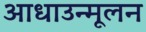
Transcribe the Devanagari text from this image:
आधाउन्मूलन